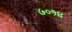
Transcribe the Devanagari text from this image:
७०१४